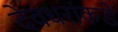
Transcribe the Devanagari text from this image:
देवधरांकडे